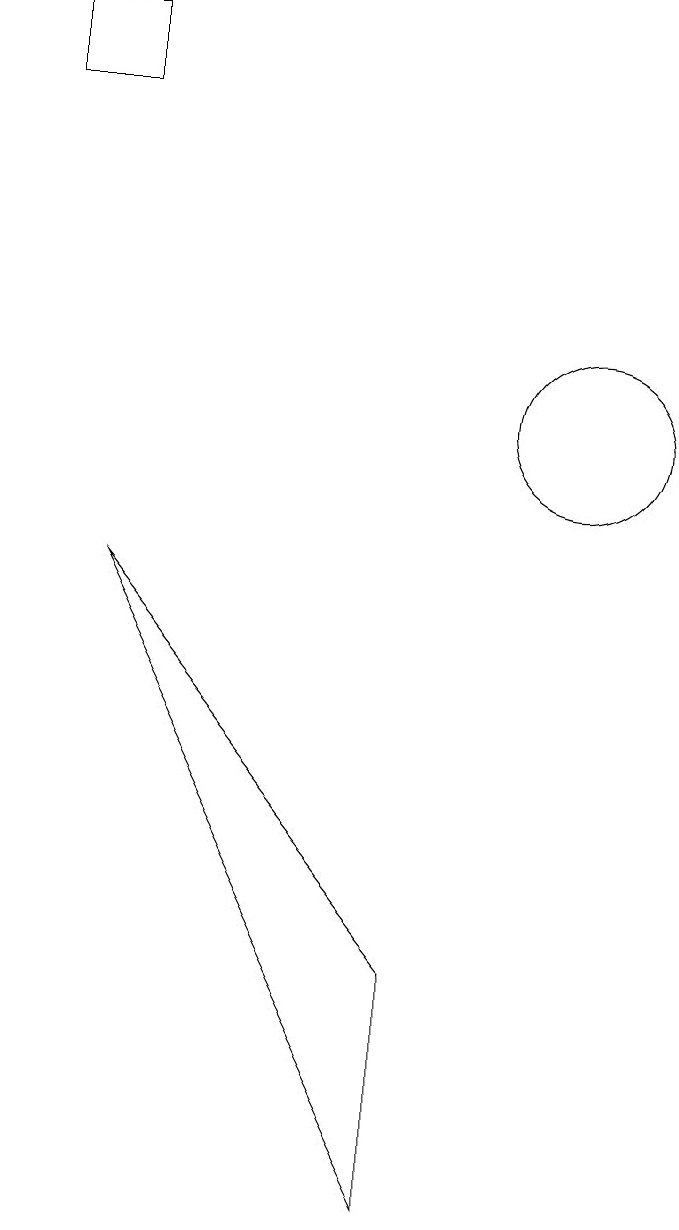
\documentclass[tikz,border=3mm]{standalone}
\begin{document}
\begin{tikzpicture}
\draw (9,1) -- (9,4) -- (5,9) -- cycle;
\draw (11,11) circle (1);
\draw (5,15) rectangle (4,16);
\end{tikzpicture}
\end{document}